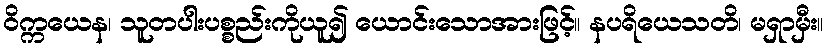
ဝိက္ကယေန၊ သူတပါးပစ္စည်းကိုယူ၍ ယောင်းသောအားဖြင့်။ နပရိယေသတိ၊ မရှာမှီး။